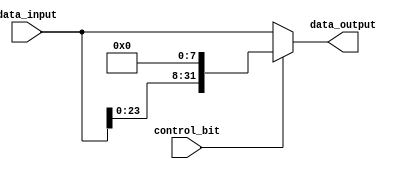
module my_8bit_leftshifter(data_input, control_bit, data_output);

	input [31:0] data_input;
	input control_bit;
	
	wire [31:0] shifted;
	
	output [31:0] data_output;
	
	
	genvar k;
	generate
	for(k = 31; k > 7; k = k-1) begin: my8ShiftLoop
		assign shifted[k] = data_input[k-8];
    end
	endgenerate
    
    genvar j;
	generate
	for(j = 7; j >= 0; j = j-1) begin: my8ShiftLoop2
		assign shifted[j] = 1'b0;
    end
	endgenerate
	
	assign data_output = control_bit ? shifted : data_input;
	
	
	
endmodule